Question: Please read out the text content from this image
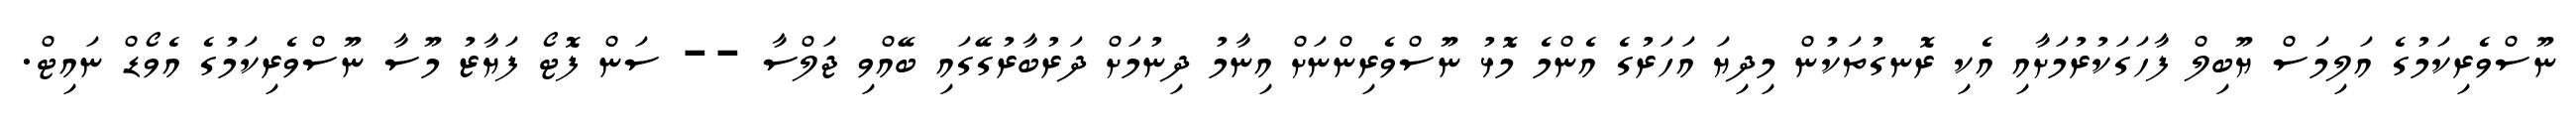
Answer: ނޫސްވެރިކަމުގެ އަލިމަސް ޔޫބިލް ފާހަގަކުރުމަށާއި އެކި ރޮނގުތަކުން މިދިޔަ އަހަރުގެ އެންމެ މޮޅު ނޫސްވެރިންނަށް އިނާމު ދިނުމަށް ދަރުބާރުގޭގައި ބޭއްވި ޖަލްސާ -- ސަން ފޮޓޯ ފަޔާޒު މޫސާ ނޫސްވެރިކަމުގެ އެވޯޑް ނައިޓް.